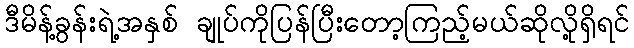
ဒီမိန့်ခွန်းရဲ့အနှစ် ချုပ်ကိုပြန်ပြီးတော့ကြည့်မယ်ဆိုလို့ရှိရင်